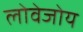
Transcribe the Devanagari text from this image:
लोवेजोय